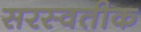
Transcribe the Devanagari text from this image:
सरस्वतीक